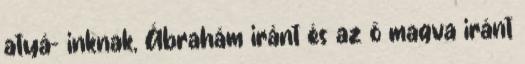
atyá− inknak, Ábrahám iránt és az ő magva iránt